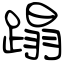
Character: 蹋